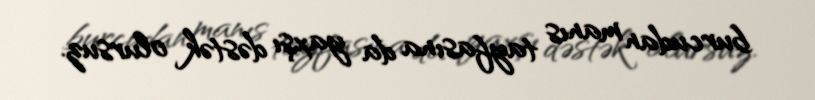
burcudan manıs tayfasına da yaxşı dəstək olursuz.